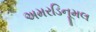
અમરડિનૂમલ